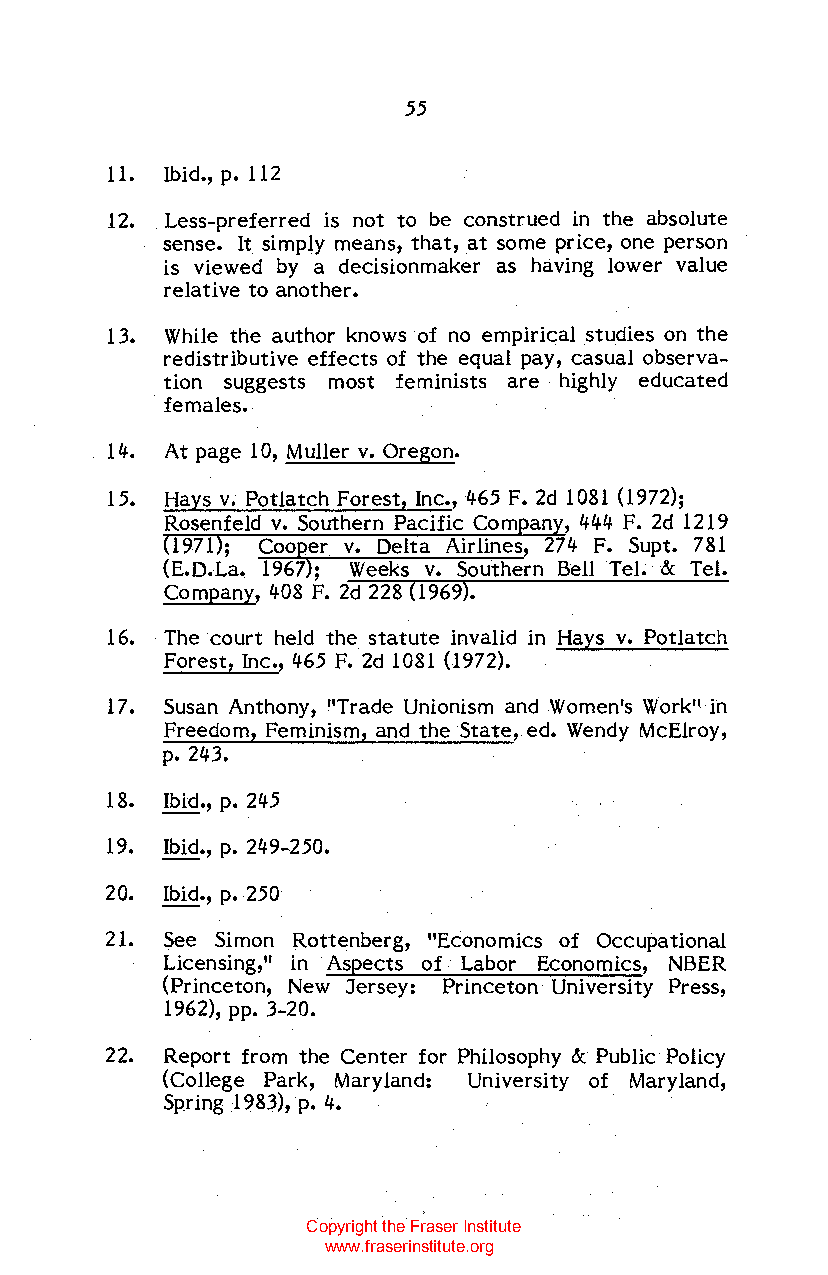
55
 11. Ibid., p. 112
 12. Less-preferred is not to be construed in the absolute
 sense. It simply means, that, at some price, one person
 is viewed by a decisionmaker as having lower value
 relative to another.
 13. While the author knows of no empirical studies on the
 redistributive effects of the equal pay, casual observa
 tion suggests most feminists are highly educated
 females.
 14. At page 10, Muller v. Oregon.
 15. Hays v. Potlatch Forest, Inc., 465 F. 2d 1081 (1972);
 Rosenfeld v. Southern Pacific Com an ,444 F. 2d 1219
 1971; Coo er v. Delta Airlines, 274 F. Supt. 781
 (E.D.La. 1967; Weeks v. Southern Bell Tel. & Tel.
 Company, 408 F. 2d 228 (1969).
 16. The court held the statute invalid in Hays v. Potlatch
 Forest, Inc., 465 F. 2d 1081 (1972).
 17. Susan Anthony, "Trade Unionism and Women's Work" in
 Freedom, Feminism, and the State, ed. Wendy McElroy,
 p. 243.
 18. Ibid., p. 245
 19. Ibid., p. 249-250.
 20. Ibid., p. 250
 21. See Simon Rottenberg, "Economics of Occupational
 Licensing," in Aspects of Labor Economics, NBER
 (Princeton, New Jersey: Princeton University Press,
 1962), pp. 3-20.
 22. Report from the Center for Philosophy & Public Policy
 (College Park, Maryland: University of Maryland,
 Spring 1983), p. 4.
 Copyright the Fraser Institute
 www.fraserinstitute.org